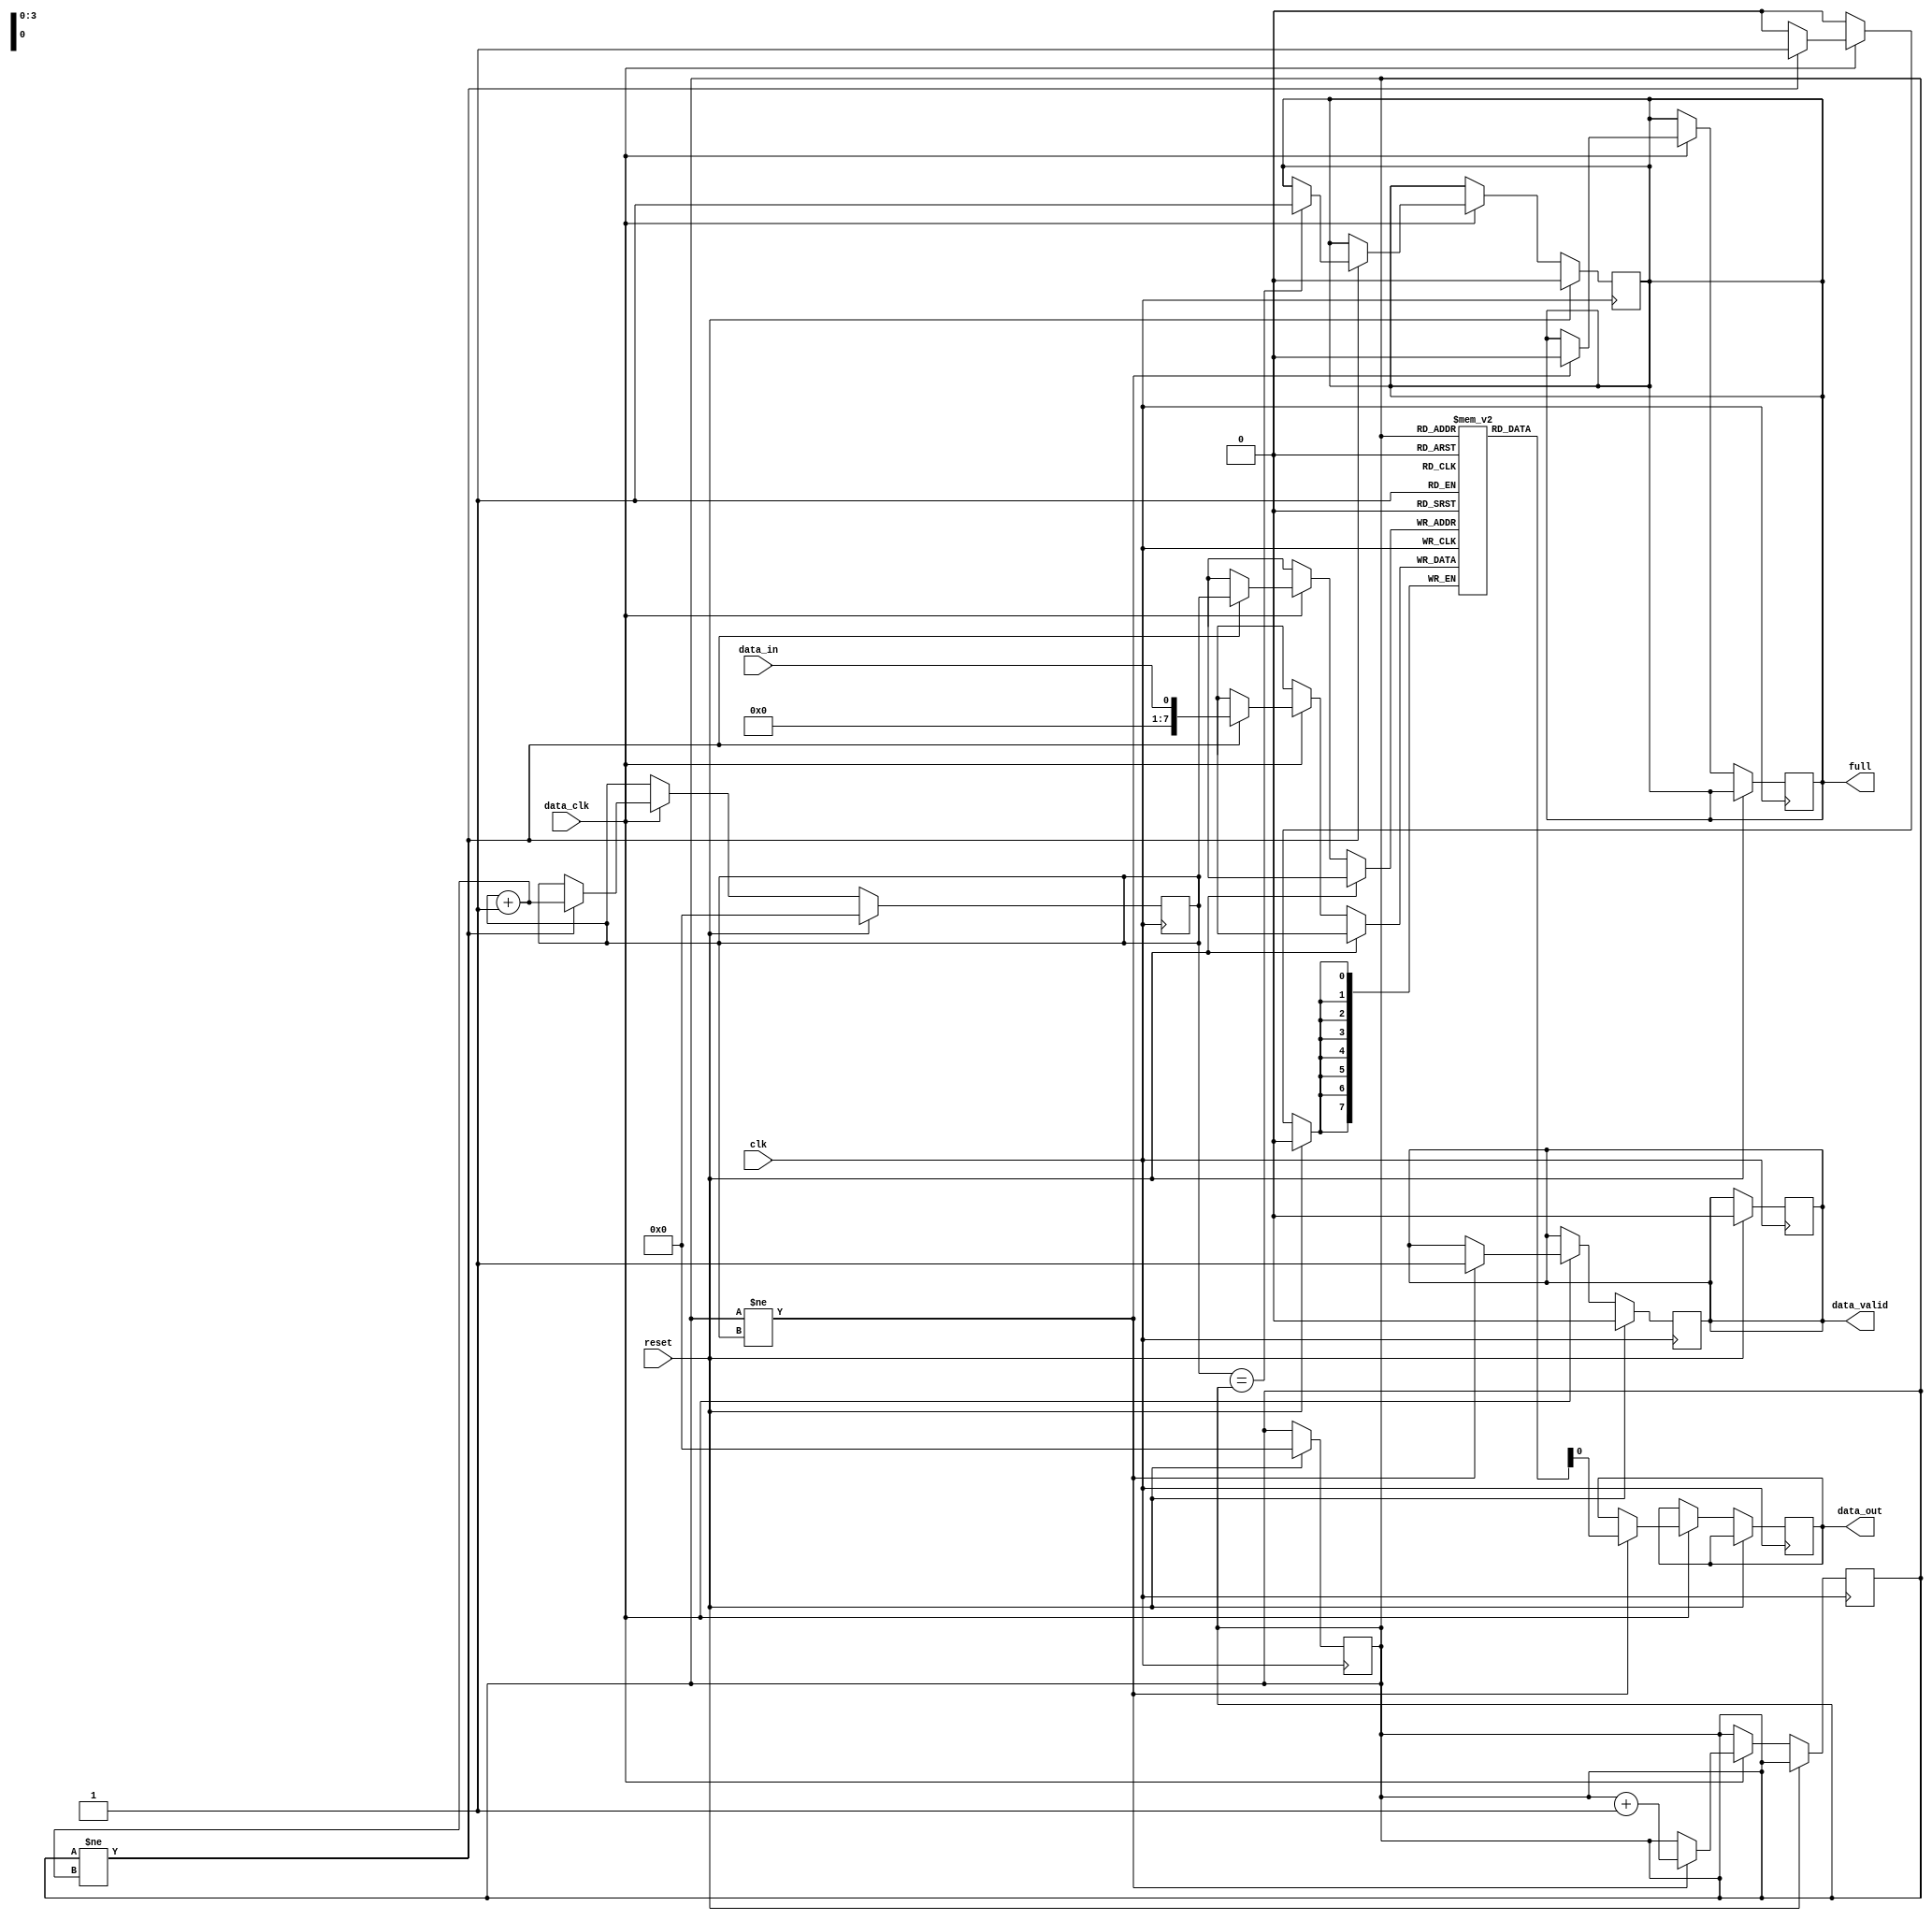
module fifo_buffer (
    input wire clk,  // Master clock input
    input wire data_clk,  // Second clock input for data signals
    input wire reset,  // Reset signal
    input wire data_in,  // Data input signal
    output wire full,  // FIFO buffer full flag
    output reg data_valid,  // Data valid flag
    output wire data_out  // Data output signal
);

reg [7:0] fifo[0:15];  // FIFO buffer with 16 entries
reg [3:0] head = 4'b0000;  // Head pointer
reg [3:0] tail = 4'b0000;  // Tail pointer

always @(posedge clk) begin
    if (reset) begin
        head <= 4'b0000;
        tail <= 4'b0000;
        full <= 0;
        data_valid <= 0;
    end else begin
        if (data_clk) begin
            if (head != tail + 1'b1) begin
                fifo[tail] <= data_in;
                tail <= tail + 1'b1;
                if (tail == head) begin
                    full <= 1;
                end
            end
        end
    end
end

always @(posedge clk) begin
    if (reset) begin
        data_valid <= 0;
    end else begin
        if (data_clk) begin
            if (head != tail) begin
                data_valid <= 1;
                data_out <= fifo[head];
                head <= head + 1'b1;
                if (full) begin
                    full <= 0;
                end
            end
        end
    end
end

endmodule